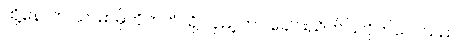
ထို့နောက် ယာမာမိုတိုဘက်သို့ လှည့်ကာ ခေါင်းညိတ်ပြလိုက်လေသည်။